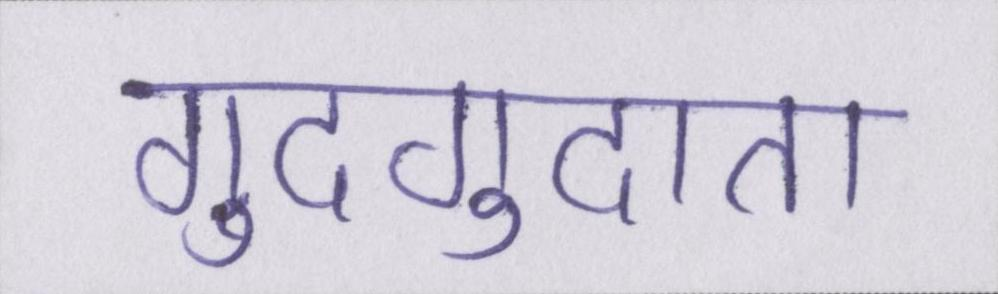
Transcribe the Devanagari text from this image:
गुदगुदाता